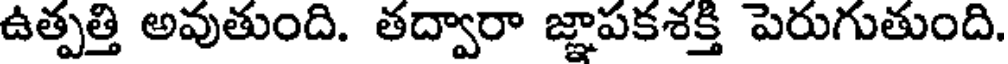
ఉత్పత్తి అవుతుంది. తద్వారా జ్ఞాపకశక్తి పెరుగుతుంది.